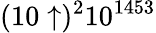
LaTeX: (10\uparrow)^{2}10^{1453}